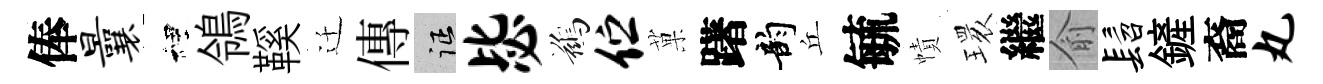
俸曩裡鴒鞵迁傳征毖鷀伫菓躇韵丘毓幘𤨔繼俞髫鏟裔丸